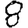
Digit: 8